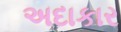
અદાકાર